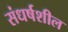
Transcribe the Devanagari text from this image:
संधर्षशील